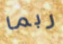
ربما